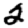
Digit: 2